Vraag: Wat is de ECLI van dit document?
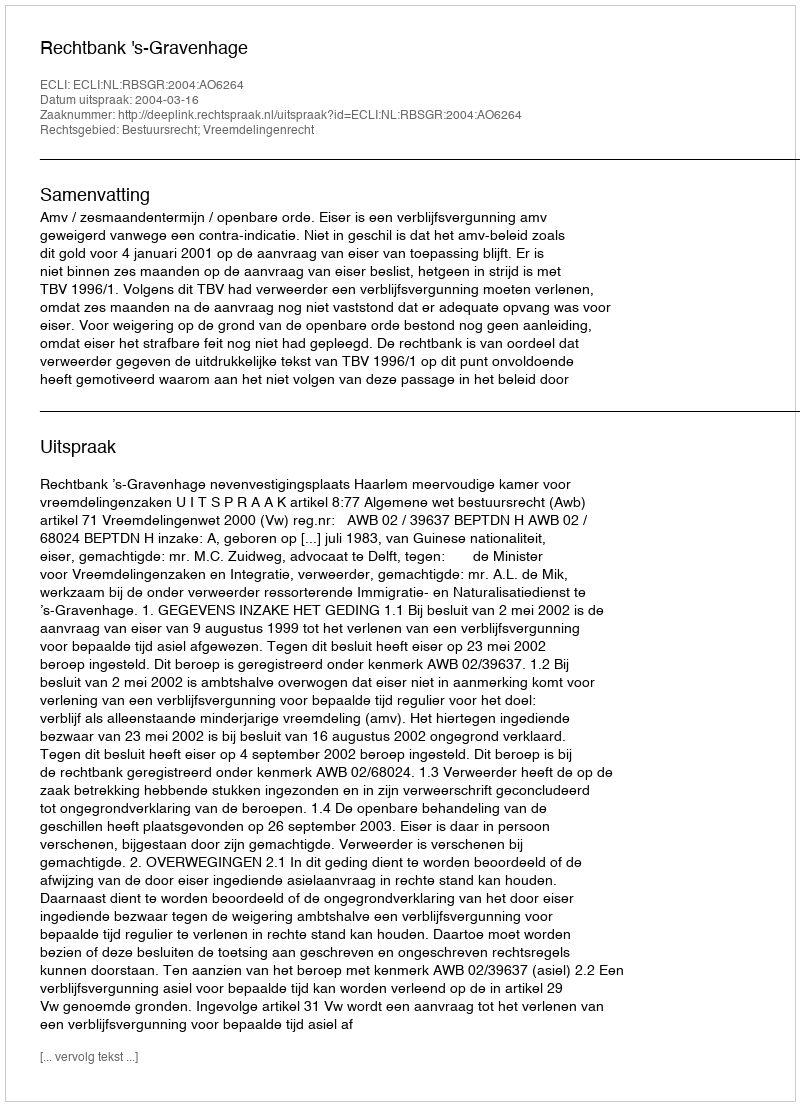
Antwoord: ECLI:NL:RBSGR:2004:AO6264